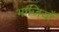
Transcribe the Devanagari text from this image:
भाजियाँ